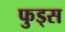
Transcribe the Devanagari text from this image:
फुड्स